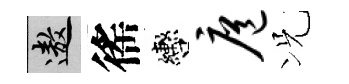
遨徭轡扈况